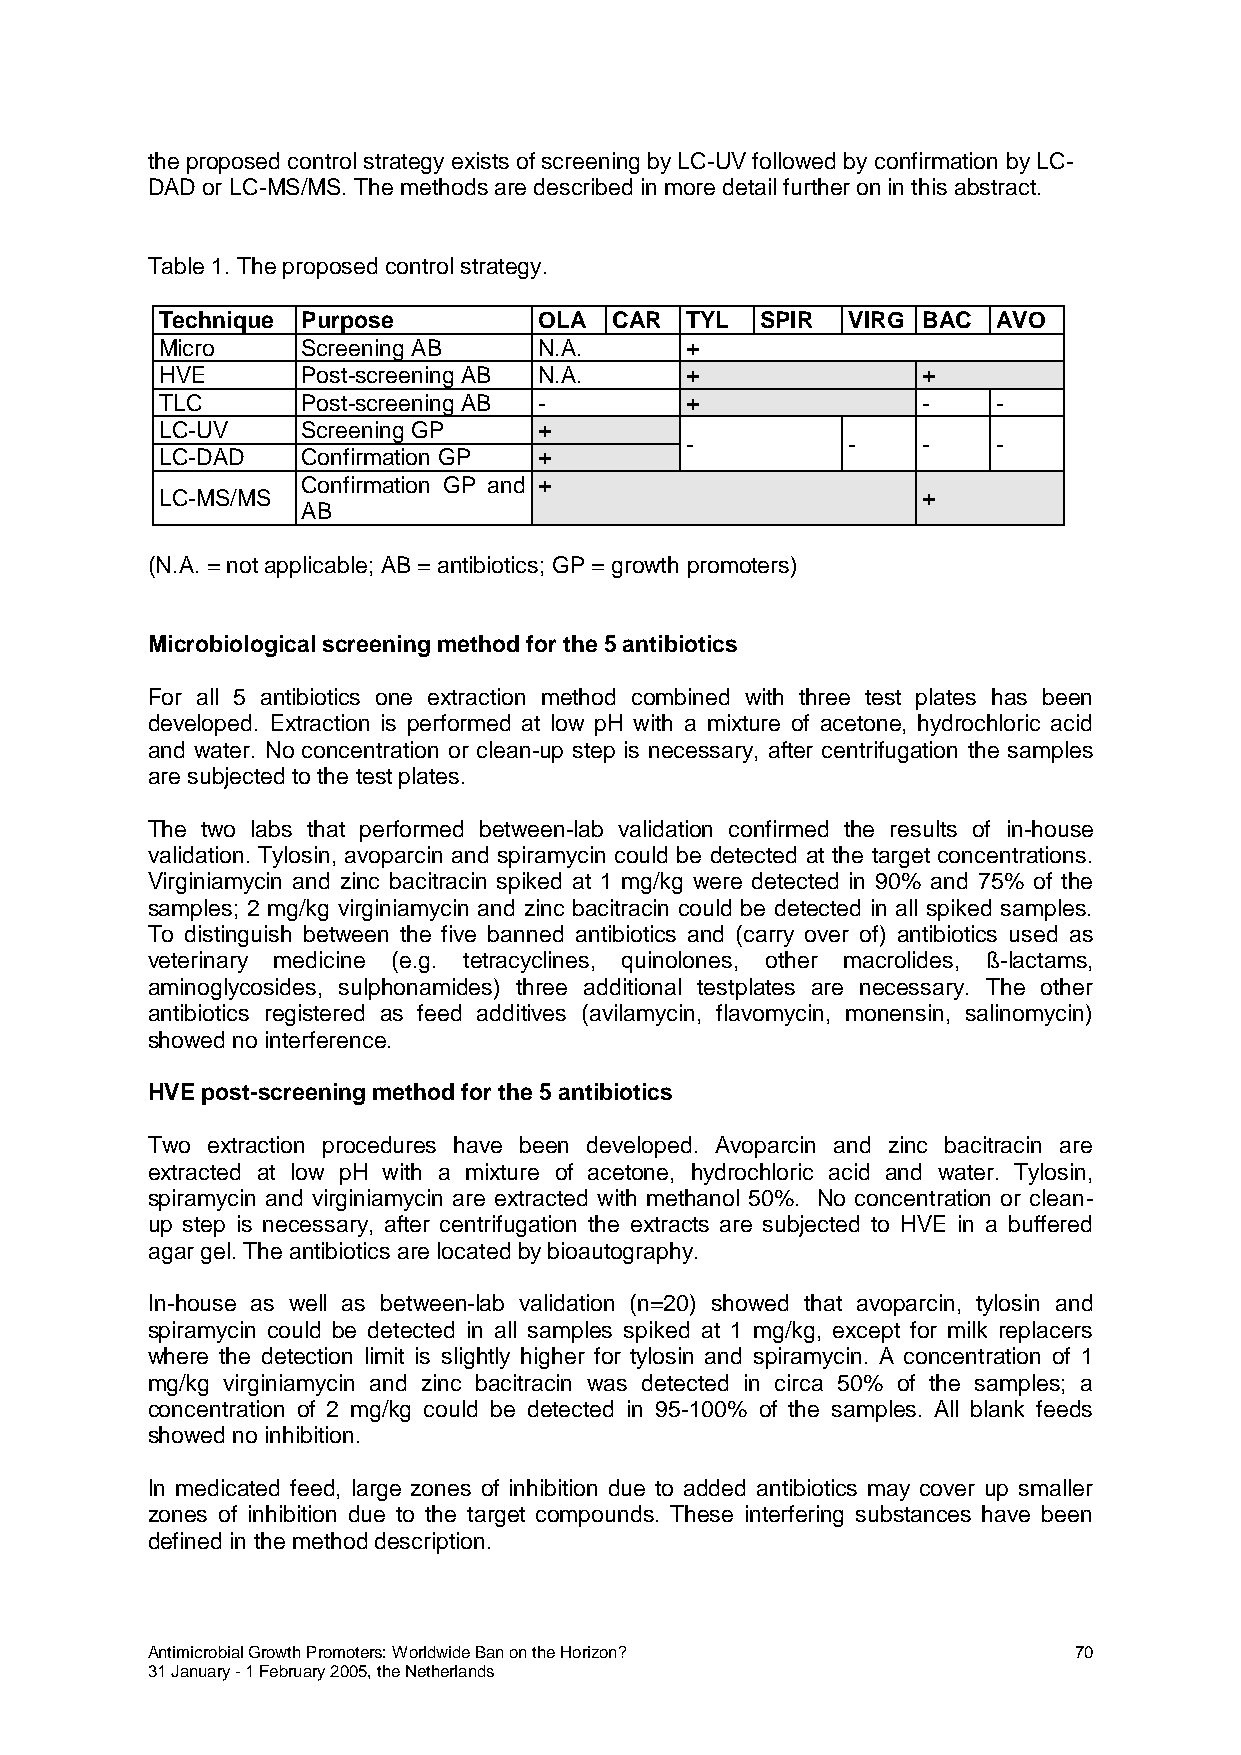
the proposed control strategy exists of screening by LC-UV followed by confirmation by LC-
 DAD or LC-MS/MS. The methods are described in more detail further on in this abstract.
 Table 1. The proposed control strategy.
 Technique Purpose        OLA CAR  TYL  SPIR  VIRG BAC  AVO
 Micro    Screening AB    N.A.     +
 HVE      Post-screening AB N.A.   +               +
 TLC      Post-screening AB -      +               -    -
 LC-UV    Screening GP    +
 -          -    -    -
 LC-DAD   Confirmation GP +
 Confirmation GP and +
 LC-MS/MS                                          +
 AB
 (N.A. = not applicable; AB = antibiotics; GP = growth promoters)
 Microbiological screening method for the 5 antibiotics
 For all 5 antibiotics one extraction method combined with three test plates has been
 developed. Extraction is performed at low pH with a mixture of acetone, hydrochloric acid
 and water. No concentration or clean-up step is necessary, after centrifugation the samples
 are subjected to the test plates.
 The two labs that performed between-lab validation confirmed the results of in-house
 validation. Tylosin, avoparcin and spiramycin could be detected at the target concentrations.
 Virginiamycin and zinc bacitracin spiked at 1 mg/kg were detected in 90% and 75% of the
 samples; 2 mg/kg virginiamycin and zinc bacitracin could be detected in all spiked samples.
 To distinguish between the five banned antibiotics and (carry over of) antibiotics used as
 veterinary medicine (e.g. tetracyclines, quinolones, other macrolides, ß-lactams,
 aminoglycosides, sulphonamides) three additional testplates are necessary. The other
 antibiotics registered as feed additives (avilamycin, flavomycin, monensin, salinomycin)
 showed no interference.
 HVE post-screening method for the 5 antibiotics
 Two extraction procedures have been developed. Avoparcin and zinc bacitracin are
 extracted at low pH with a mixture of acetone, hydrochloric acid and water. Tylosin,
 spiramycin and virginiamycin are extracted with methanol 50%. No concentration or clean-
 up step is necessary, after centrifugation the extracts are subjected to HVE in a buffered
 agar gel. The antibiotics are located by bioautography.
 In-house as well as between-lab validation (n=20) showed that avoparcin, tylosin and
 spiramycin could be detected in all samples spiked at 1 mg/kg, except for milk replacers
 where the detection limit is slightly higher for tylosin and spiramycin. A concentration of 1
 mg/kg virginiamycin and zinc bacitracin was detected in circa 50% of the samples; a
 concentration of 2 mg/kg could be detected in 95-100% of the samples. All blank feeds
 showed no inhibition.
 In medicated feed, large zones of inhibition due to added antibiotics may cover up smaller
 zones of inhibition due to the target compounds. These interfering substances have been
 defined in the method description.
 Antimicrobial Growth Promoters: Worldwide Ban on the Horizon? 70
 31 January - 1 February 2005, the Netherlands